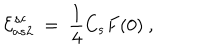
LaTeX: { \cal E } _ { a s 2 } ^ { s c } \ = \ \frac 1 4 C _ { s } F ( 0 ) \ ,